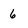
Character: 6